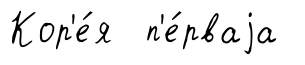
Кор'е́я п'е́рваjа